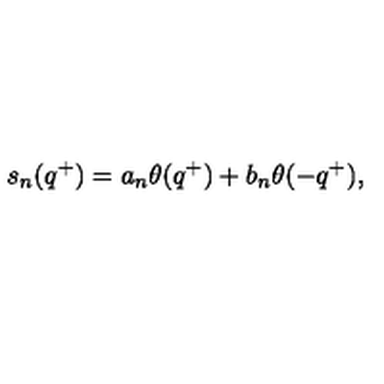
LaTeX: s _ { n } ( q ^ { + } ) = a _ { n } \theta ( q ^ { + } ) + b _ { n } \theta ( - q ^ { + } ) ,